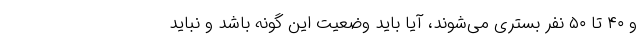
و ۴۰ تا ۵۰ نفر بستری می‌شوند، آیا باید وضعیت این گونه باشد و نباید